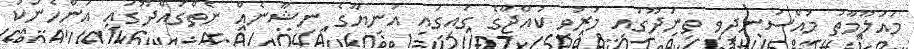
މައުލޫމާތު މުއްސަނދިވި ތިނަދޫގައި މަރުވި ކުއްޖާގެ ގައިގައި އަނިޔާގެ ނިޝާނެއް ނެތްގައްދޫގައި އަންހެނަކު